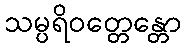
သမ္ပရိဝတ္တေန္တော